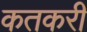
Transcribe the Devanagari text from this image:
कतकरी